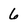
Character: 6